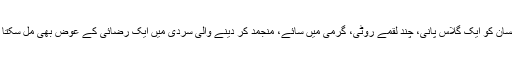
وہ انسان کو ایک گلاس پانی، چند لقمے روٹی، گرمی میں سائے، منجمد کر دینے والی سردی میں ایک رضائی کے عوض بھی مل سکتا ہے۔